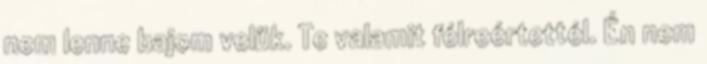
nem lenne bajom velük. Te valamit félreértettél. Én nem